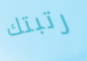
رتبتك